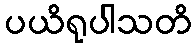
ပယိရုပါသတိ